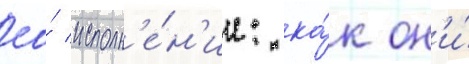
ео́ исполн'е́н'ии: ка́к он'и́